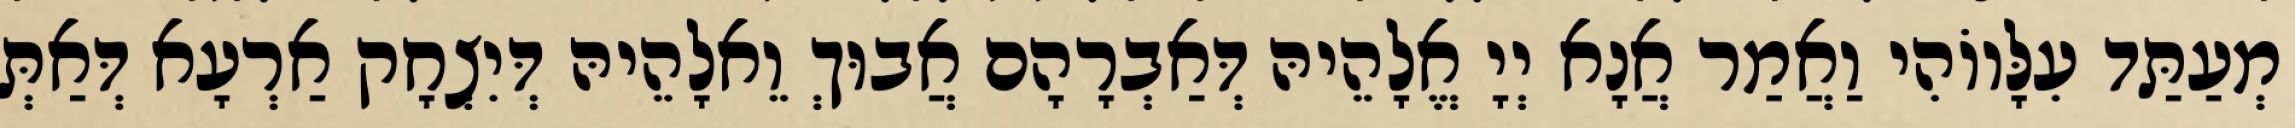
מְעַתַּד עִלָּווֹהִי וַאֲמַר אֲנָא יְיָ אֱלָהֵיהּ דְּאַבְרָהָם אֲבוּךְ וֵאלָהֵיהּ דְּיִצְחָק אַרְעָא דְּאַתְּ